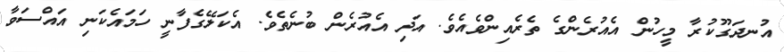
އުނދަގޫކުރާ މީހުން އެއުރެންގެ ތެރެއިންވެއެވެ. އަދި އެއުރެން ބުނެތެވެ. އެކަލޭގެފާނީ ހަމައެކަނި އައްސަވާ